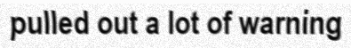
pulled out a lot of warning